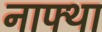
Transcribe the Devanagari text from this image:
नाफ्था